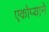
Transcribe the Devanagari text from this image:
एकोप्याने